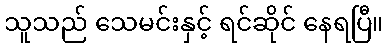
သူသည် သေမင်းနှင့် ရင်ဆိုင် နေရပြီ။